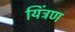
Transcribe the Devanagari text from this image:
यिंत्रण